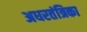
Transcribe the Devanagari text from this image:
अधरतंत्रिका